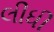
લીધી